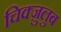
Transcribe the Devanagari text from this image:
चिक्ज़ुलुब